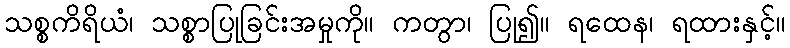
သစ္စကိရိယံ၊ သစ္စာပြုခြင်းအမှုကို။ ကတွာ၊ ပြု၍။ ရထေန၊ ရထားနှင့်။